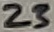
Text: 23